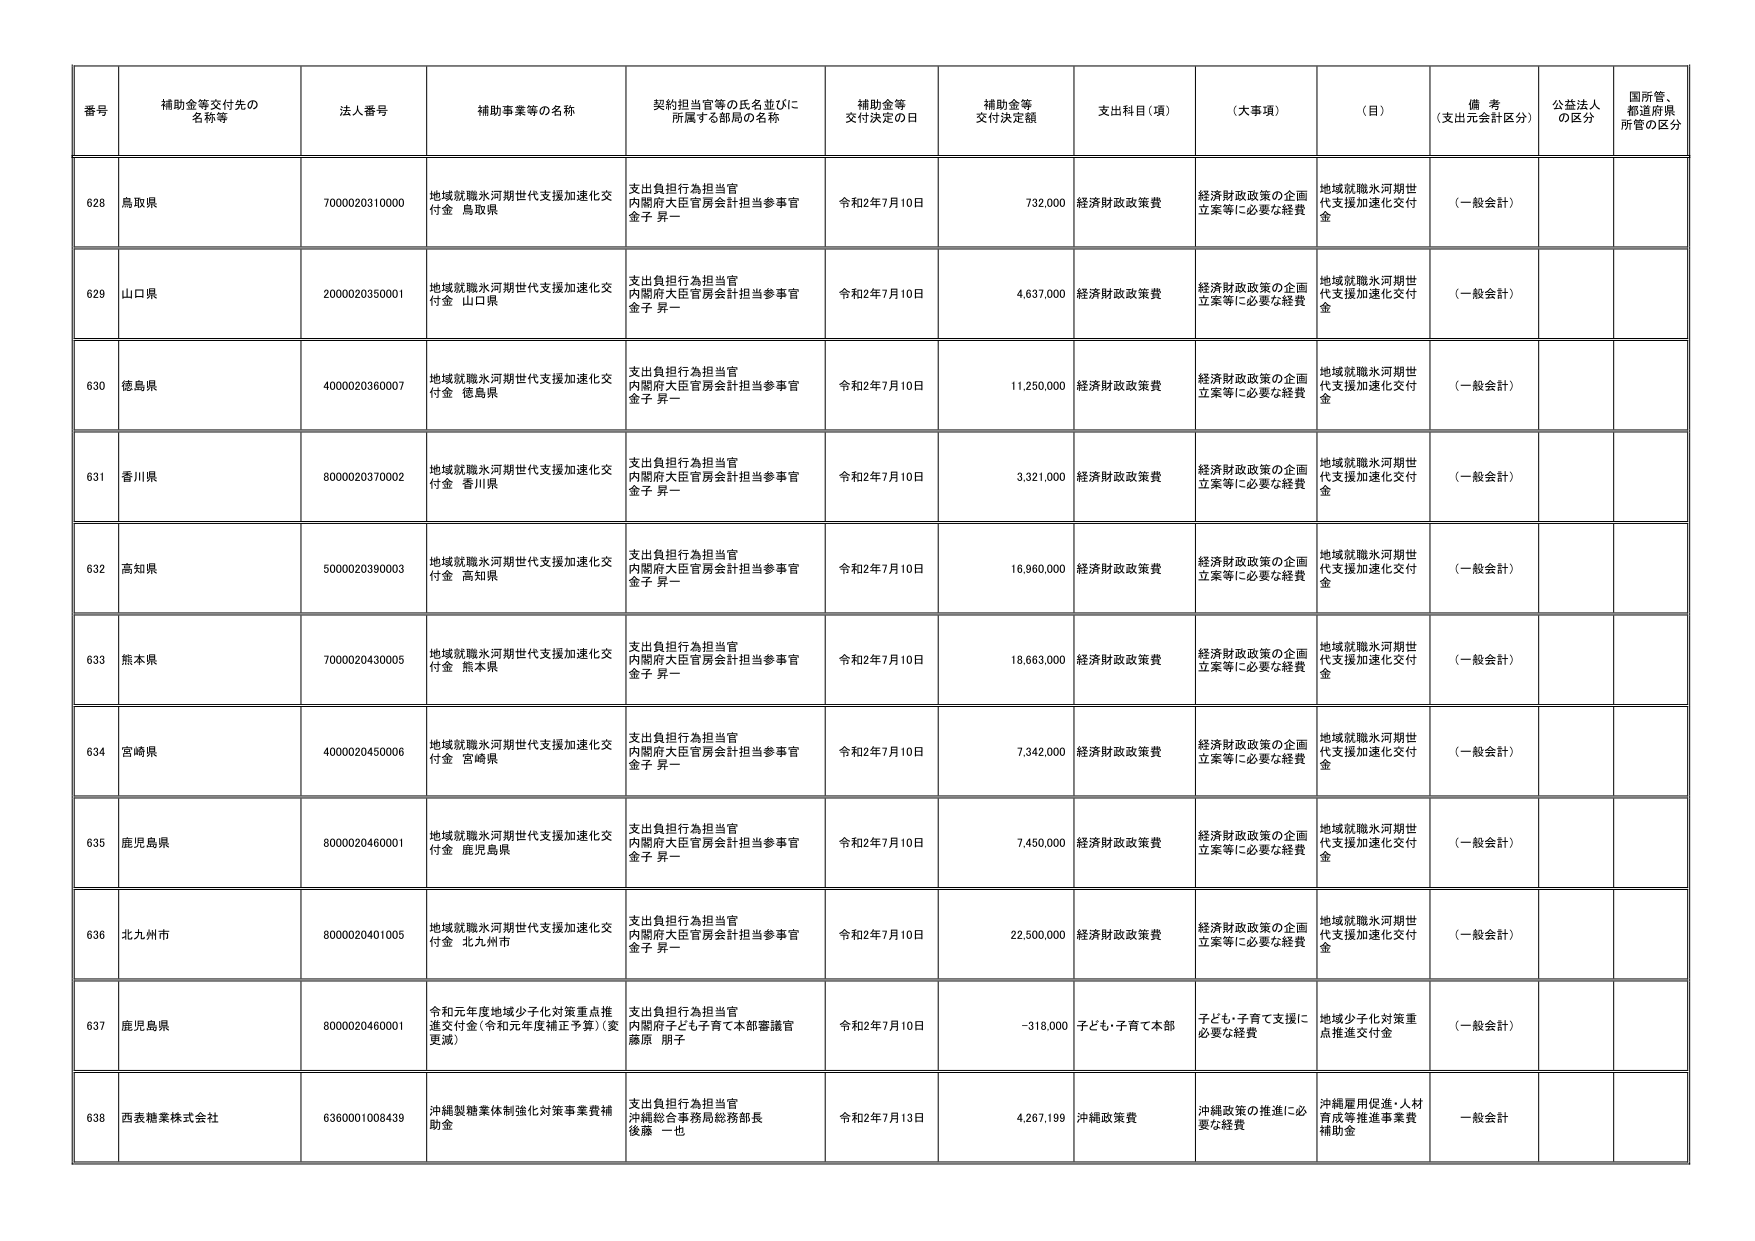
番号 補助金等交付先の名称等 法人番号 補助事業等の名称 契約担当官等の氏名並びに所属する部局の名称 補助金等交付決定の日 補助金等交付決定額 支出科目（項） （大事項） （目） 備考（支出元会計区分） 公益法人の区分 国所管、都道府県所管の区分
628 鳥取県 7000020310000 地域就職氷河期世代支援加速化交付金 鳥取県 支出負担行為担当官 内閣府大臣官房会計担当参事官 金子 昇一 令和2年7月10日 732,000 経済財政政策費 経済財政政策の企画立案等に必要な経費 地域就職氷河期世代支援加速化交付金 （一般会計）
629 山口県 2000020350001 地域就職氷河期世代支援加速化交付金 山口県 支出負担行為担当官 内閣府大臣官房会計担当参事官 金子 昇一 令和2年7月10日 4,637,000 経済財政政策費 経済財政政策の企画立案等に必要な経費 地域就職氷河期世代支援加速化交付金 （一般会計）
630 徳島県 4000020360007 地域就職氷河期世代支援加速化交付金 徳島県 支出負担行為担当官 内閣府大臣官房会計担当参事官 金子 昇一 令和2年7月10日 11,250,000 経済財政政策費 経済財政政策の企画立案等に必要な経費 地域就職氷河期世代支援加速化交付金 （一般会計）
631 香川県 8000020370002 地域就職氷河期世代支援加速化交付金 香川県 支出負担行為担当官 内閣府大臣官房会計担当参事官 金子 昇一 令和2年7月10日 3,321,000 経済財政政策費 経済財政政策の企画立案等に必要な経費 地域就職氷河期世代支援加速化交付金 （一般会計）
632 高知県 5000020390003 地域就職氷河期世代支援加速化交付金 高知県 支出負担行為担当官 内閣府大臣官房会計担当参事官 金子 昇一 令和2年7月10日 16,960,000 経済財政政策費 経済財政政策の企画立案等に必要な経費 地域就職氷河期世代支援加速化交付金 （一般会計）
633 熊本県 7000020430005 地域就職氷河期世代支援加速化交付金 熊本県 支出負担行為担当官 内閣府大臣官房会計担当参事官 金子 昇一 令和2年7月10日 18,663,000 経済財政政策費 経済財政政策の企画立案等に必要な経費 地域就職氷河期世代支援加速化交付金 （一般会計）
634 宮崎県 4000020450006 地域就職氷河期世代支援加速化交付金 宮崎県 支出負担行為担当官 内閣府大臣官房会計担当参事官 金子 昇一 令和2年7月10日 7,342,000 経済財政政策費 経済財政政策の企画立案等に必要な経費 地域就職氷河期世代支援加速化交付金 （一般会計）
635 鹿児島県 8000020460001 地域就職氷河期世代支援加速化交付金 鹿児島県 支出負担行為担当官 内閣府大臣官房会計担当参事官 金子 昇一 令和2年7月10日 7,450,000 経済財政政策費 経済財政政策の企画立案等に必要な経費 地域就職氷河期世代支援加速化交付金 （一般会計）
636 北九州市 8000020401005 地域就職氷河期世代支援加速化交付金 北九州市 支出負担行為担当官 内閣府大臣官房会計担当参事官 金子 昇一 令和2年7月10日 22,500,000 経済財政政策費 経済財政政策の企画立案等に必要な経費 地域就職氷河期世代支援加速化交付金 （一般会計）
637 鹿児島県 8000020460001 令和元年度地域少子化対策重点推進交付金（令和元年度補正予算）（変更減） 支出負担行為担当官 内閣府子ども・子育て本部審議官 藤原 朋子 令和2年7月10日 -318,000 子ども・子育て本部 子ども・子育て支援に必要な経費 地域少子化対策重点推進交付金 （一般会計）
638 西表糖業株式会社 6360001008439 沖縄製糖業体制強化対策事業費補助金 支出負担行為担当官 沖縄総合事務局総務部長 後藤 一也 令和2年7月13日 4,267,199 沖縄政策費 沖縄政策の推進に必要な経費 沖縄雇用促進・人材育成等推進事業費補助金 一般会計